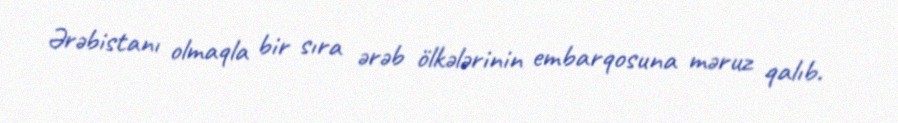
Ərəbistanı olmaqla bir sıra ərəb ölkələrinin embarqosuna məruz qalıb.